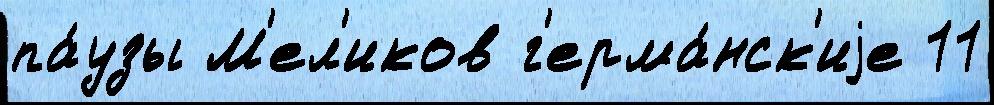
па́узы М'ел'иков г'ерма́нск'иjе 11